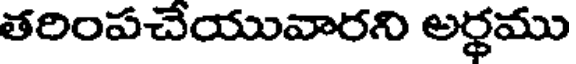
తరింపచేయువారని అర్థము